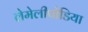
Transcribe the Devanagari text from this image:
लेमेलीपोडिया